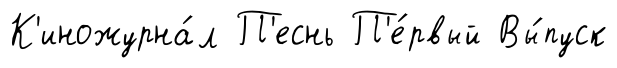
К'иножурна́л П'еснь П'е́рвый Вы́пуск